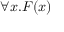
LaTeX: \forall x . F ( x )